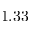
1 . 3 3